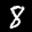
Label: 8